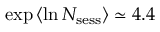
\exp { \langle \ln \ensuremath { N _ { \mathrm { s e s s } } } \rangle } \simeq 4 . 4